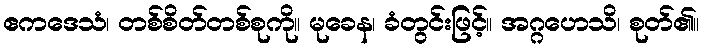
ဧကဒေသံ၊ တစ်စိတ်တစ်စုကို။ မုခေန၊ ခံတွင်းဖြင့်။ အဂ္ဂဟေသိ၊ စုတ်၏။